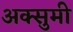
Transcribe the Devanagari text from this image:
अक्सुमी